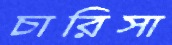
চারিসা